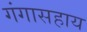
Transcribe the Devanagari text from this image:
गंगासहाय